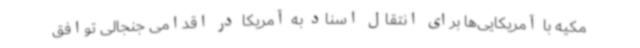
مکیه با آمریکایی‌ها برای انتقال اسناد به آمریکا در اقدامی جنجالی توافق